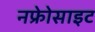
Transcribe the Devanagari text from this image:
नफ्रेोसाइट